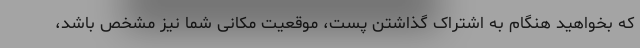
که بخواهید هنگام به اشتراک گذاشتن پست، موقعیت مکانی شما نیز مشخص باشد،